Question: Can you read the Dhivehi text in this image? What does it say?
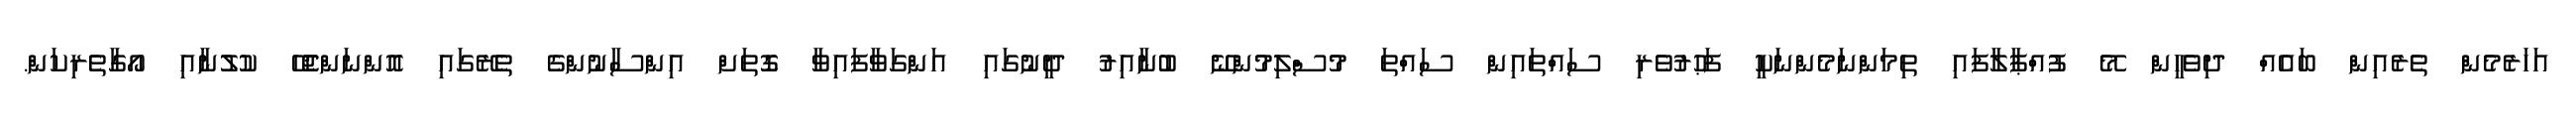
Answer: އަހަރެމެން ތެރެއިން ބައެއް ދިވެހީން މޭ ފުއްޕާލާފައި ތިމަންނަމެންނަކީ ފަޙުރުވެރި ސައްތައިން ސައްތަ މުސްލިމުންނޭ ބުނާއިރު ދީނުގައި އަންގަވާފައިވާ ގޮތަށް އިންސާނުންގެ ތެރޭގައި އޮންނަންޖެހޭ ކުލުނާއި އޯގާތެރިކަން.